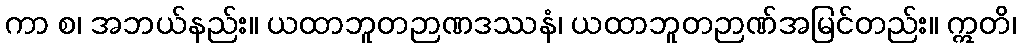
ကာ စ၊ အဘယ်နည်း။ ယထာဘူတဉာဏဒဿနံ၊ ယထာဘူတဉာဏ်အမြင်တည်း။ ဣတိ၊